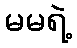
မမရဲ့